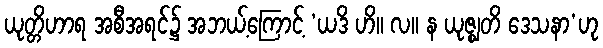
ယုတ္တိဟာရ အစီအရင်၌ အဘယ့်ကြောင့် ‘ယဒိ ဟိ။ လ။ န ယုဇ္ဈတိ ဒေသနာ’ဟု